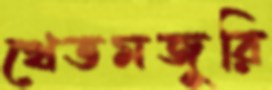
খেতমজুরি